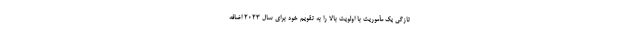
تازگی یک مأموریت با اولویت بالا را به تقویم خود برای سال ۲۰۲۳ اضافه